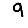
Digit: 9